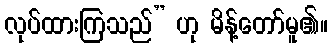
လုပ်ထားကြသည်” ဟု မိန့်တော်မူ၏။